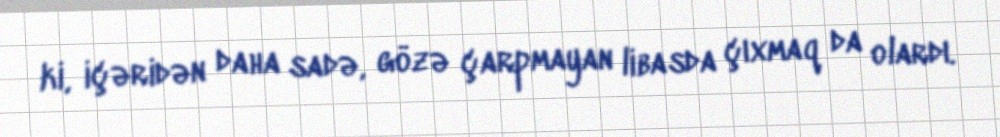
ki, içəridən daha sadə, gözə çarpmayan libasda çıxmaq da olardı.